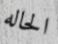
الحاله